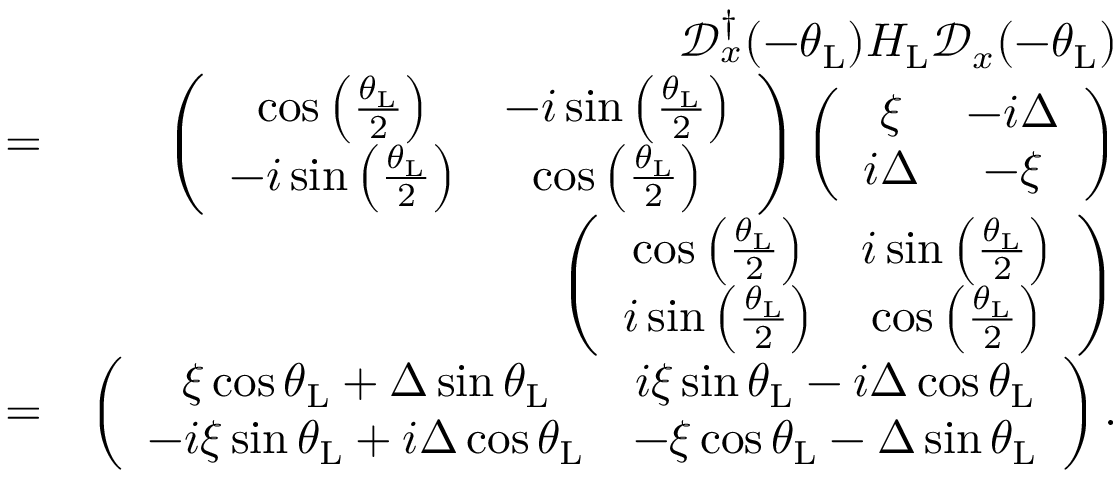
\begin{array} { r l r } & { } & { \mathcal { D } _ { x } ^ { \dagger } ( - \theta _ { \mathrm { L } } ) H _ { \mathrm { L } } \mathcal { D } _ { x } ( - \theta _ { \mathrm { L } } ) } \\ & { = } & { \left( \begin{array} { c c } { \cos \left( \frac { \theta _ { \mathrm { L } } } { 2 } \right) } & { - i \sin \left( \frac { \theta _ { \mathrm { L } } } { 2 } \right) } \\ { - i \sin \left( \frac { \theta _ { \mathrm { L } } } { 2 } \right) } & { \cos \left( \frac { \theta _ { \mathrm { L } } } { 2 } \right) } \end{array} \right) \left( \begin{array} { c c } { \xi } & { - i \Delta } \\ { i \Delta } & { - \xi } \end{array} \right) } \\ & { } & { \left( \begin{array} { c c } { \cos \left( \frac { \theta _ { \mathrm { L } } } { 2 } \right) } & { i \sin \left( \frac { \theta _ { \mathrm { L } } } { 2 } \right) } \\ { i \sin \left( \frac { \theta _ { \mathrm { L } } } { 2 } \right) } & { \cos \left( \frac { \theta _ { \mathrm { L } } } { 2 } \right) } \end{array} \right) } \\ & { = } & { \left( \begin{array} { c c } { \xi \cos \theta _ { \mathrm { L } } + \Delta \sin \theta _ { \mathrm { L } } } & { i \xi \sin \theta _ { \mathrm { L } } - i \Delta \cos \theta _ { \mathrm { L } } } \\ { - i \xi \sin \theta _ { \mathrm { L } } + i \Delta \cos \theta _ { \mathrm { L } } } & { - \xi \cos \theta _ { \mathrm { L } } - \Delta \sin \theta _ { \mathrm { L } } } \end{array} \right) . } \end{array}